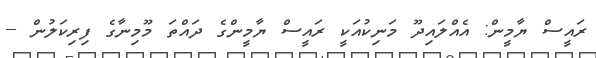
ރައީސް ޔާމީން: އެއްލައިދޫ މަނިކުއަކީ ރައީސް ޔާމީންގެ ދައްތަ މޫމިނާގެ ފިރިކަލުން --